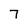
Character: 7